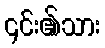
၎င်း၏သား